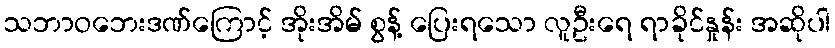
သဘာဝဘေးဒဏ်ကြောင့် အိုးအိမ် စွန့် ပြေးရသော လူဦးရေ ရာခိုင်နှုန်း အဆိုပါ